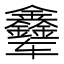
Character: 𲅃